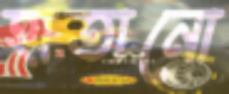
হাতানো